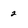
Character: 2